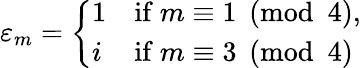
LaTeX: \varepsilon_{m}={\left\{ \begin{array}{ll}{1}&{{\mathrm{if}}\ m\equiv 1{\pmod{4}},}\\ {i}&{{\mathrm{if}}\ m\equiv 3{\pmod{4}}}\end{array}\right.}